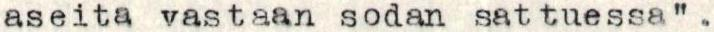
aseita vastaan sodan sattuessa" .